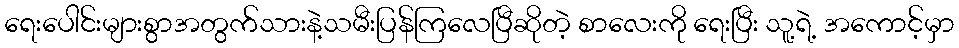
ရေးပေါင်းများစွာအတွက်သားနဲ့သမီးပြန်ကြလေပြီဆိုတဲ့ စာလေးကို ရေးပြီး သူ့ရဲ့ အကောင့်မှာ